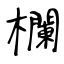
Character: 欄